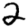
Digit: 2